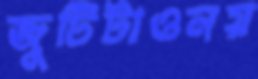
জুটিটাওনয়